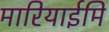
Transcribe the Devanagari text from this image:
मारियाईमि